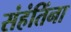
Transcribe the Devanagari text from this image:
संहंतिंना